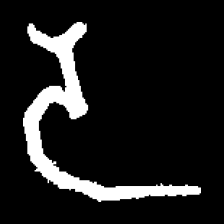
Pyu character \u2014 Myanmar letter: ဒ (romanized: da)